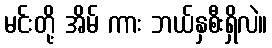
မင်းတို့ အိမ် ကား ဘယ်နှစီးရှိလဲ။